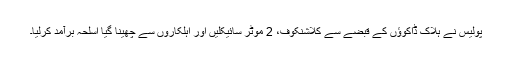
پولیس نے ہلاک ڈاکوﺅں کے قبضے سے کلاشنکوف، 2 موٹر سائیکلیں اور اہلکاروں سے چھینا گیا اسلحہ برآمد کرلیا۔